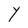
Character: Y